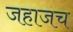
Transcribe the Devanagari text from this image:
जहाजच